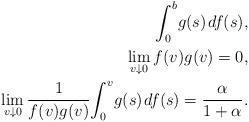
LaTeX: \begin{align*}\int_{0}^{b}\! g(s)\mkern+1.5mu df(s) , \\\lim_{v \downarrow 0} f(v) g(v) = 0, \\\lim_{v \downarrow 0} \frac{1}{f(v)g(v)}\! \int_{0}^{v}\! g(s)\mkern+1.5mu df(s) = \frac{\alpha}{1+\alpha}.\end{align*}